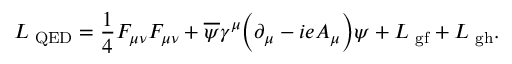
{ \cal L } _ { \mathrm { \scriptsize ~ Q E D } } = \frac { 1 } { 4 } F _ { \mu \nu } F _ { \mu \nu } + \overline { { { \psi } } } \gamma ^ { \mu } \Big ( \partial _ { \mu } - i e A _ { \mu } \Big ) \psi + { \cal L } _ { \mathrm { \footnotesize ~ g f } } + { \cal L } _ { \mathrm { \footnotesize ~ g h } } .